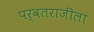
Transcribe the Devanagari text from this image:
पर्वतराजीला